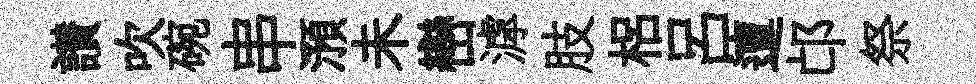
讃吹碗串澦未巒滹肢梠呂邅邙祭